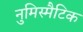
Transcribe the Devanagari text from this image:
नुमिस्मैटिक